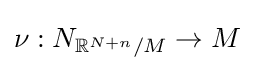
\nu :N_{\mathbb {R} ^{N+n}/M}\to M